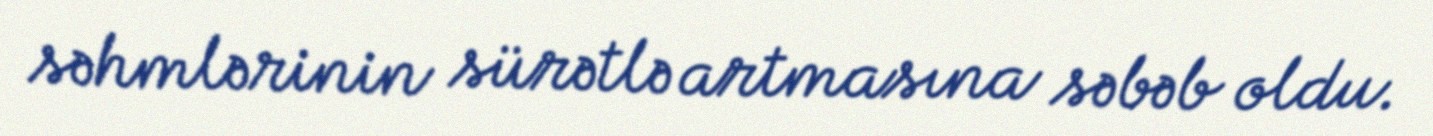
səhmlərinin sürətlə artmasına səbəb oldu.